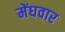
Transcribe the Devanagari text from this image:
मेंघवार